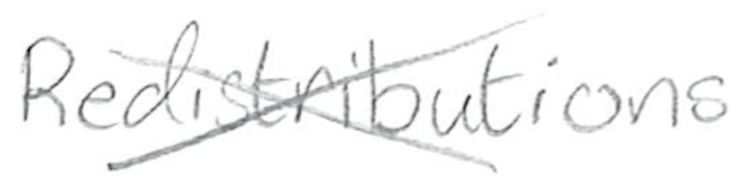
Text: Redistributions
Cross-out: cross
Writing tool: pencil